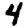
Digit: 4